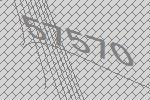
57570